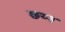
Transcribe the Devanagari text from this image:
छय्न